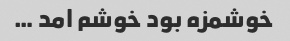
خوشمزه بود خوشم امد …